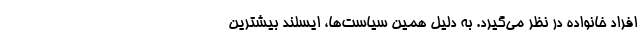
افراد خانواده در نظر می‌گیرد. به دلیل همین سیاست‌ها، ایسلند بیشترین